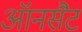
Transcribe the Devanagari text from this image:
ऑनसैट